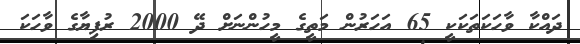
ދައްކާ ވާހަކަތަކަކީ 65 އަހަރުން މަތީގެ މީހުންނަށް ދޭ 2000 ރުފިޔާގެ ވާހަކަ